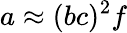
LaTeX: a\approx(bc)^{2}f